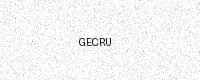
Text: GECRU